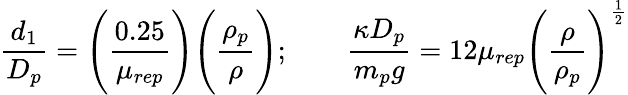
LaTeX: \frac{d_{1}}{D_{p}}=\Bigg(\frac{0.25}{\mu_{rep}}\Bigg)\Bigg(\frac{\rho_{p}}{\rho}\Bigg);\qquad\frac{\kappa D_{p}}{m_{p}g}=12\mu_{rep}\Bigg(\frac{\rho}{\rho_{p}}\Bigg)^{\frac{1}{2}}